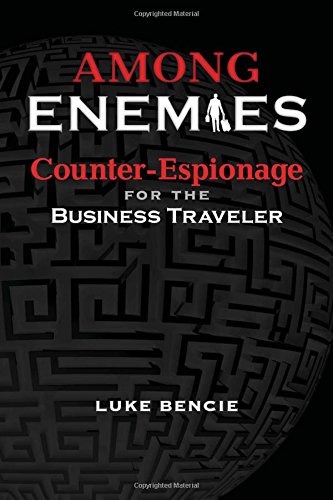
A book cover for Among Enemies: Counter-Espionage for the Business Traveler; Luke Bencie; Travel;